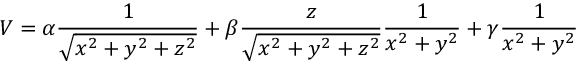
V = \alpha \frac { 1 } { \sqrt { x ^ { 2 } + y ^ { 2 } + z ^ { 2 } } } + \beta \frac { z } { \sqrt { x ^ { 2 } + y ^ { 2 } + z ^ { 2 } } } \frac { 1 } { x ^ { 2 } + y ^ { 2 } } + \gamma \frac { 1 } { x ^ { 2 } + y ^ { 2 } }